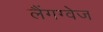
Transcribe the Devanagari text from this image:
लैंगग्वेज